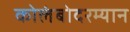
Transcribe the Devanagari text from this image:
कोलंबोदरम्यान